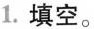
1.填空。